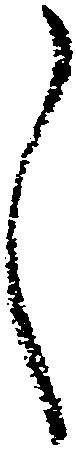
し